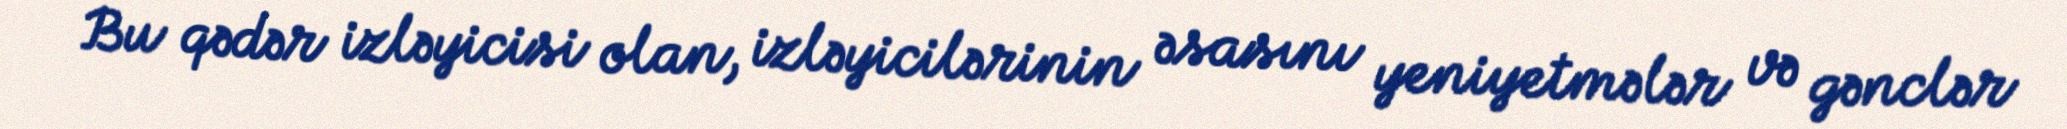
Bu qədər izləyicisi olan, izləyicilərinin əsasını yeniyetmələr və gənclər